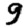
Digit: 9